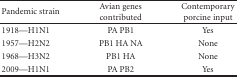
<table><thead><tr><td><b>Pandemic strain</b></td><td><b>Avian genes contributed</b></td><td><b>Contemporary porcine input</b></td></tr></thead><tbody><tr><td>1918—H1N1</td><td>PA PB1</td><td>Yes</td></tr><tr><td>1957—H2N2</td><td>PB1 HA NA</td><td>None</td></tr><tr><td>1968—H3N2</td><td>PB1 HA</td><td>None</td></tr><tr><td>2009—H1N1</td><td>PA PB2</td><td>Yes</td></tr></tbody></table>